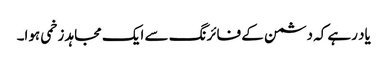
یاد رہے کہ دشمن کے فائرنگ سے ایک مجاہد زخمی ہوا۔